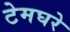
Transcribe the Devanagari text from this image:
टेमघरे